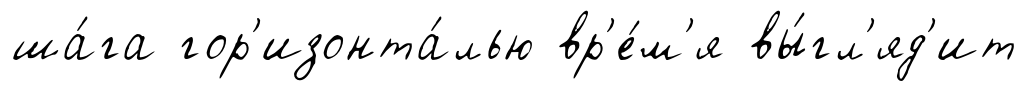
ша́га гор'изонта́лью вр'е́м'я вы́гл'яд'ит